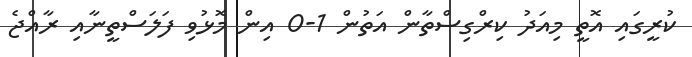
ކުރީގައި އޮތީ މިއަދު ކިރްގިސްތާން އަތުން 1-0 އިން މޮޅުވި ފަލަސްތީނާއި ރާއްޖެ